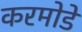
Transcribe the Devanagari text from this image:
करमोडे